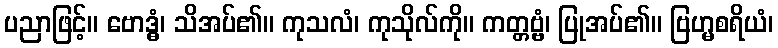
ပညာဖြင့်။ ဗောဒ္ဓံ၊ သိအပ်၏။ ကုသလံ၊ ကုသိုလ်ကို။ ကတ္တဗ္ဗံ၊ ပြုအပ်၏။ ဗြဟ္မစရိယံ၊